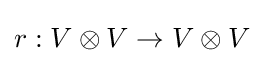
r:V\otimes V\rightarrow V\otimes V